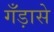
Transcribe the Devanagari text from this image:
गँड़ासे